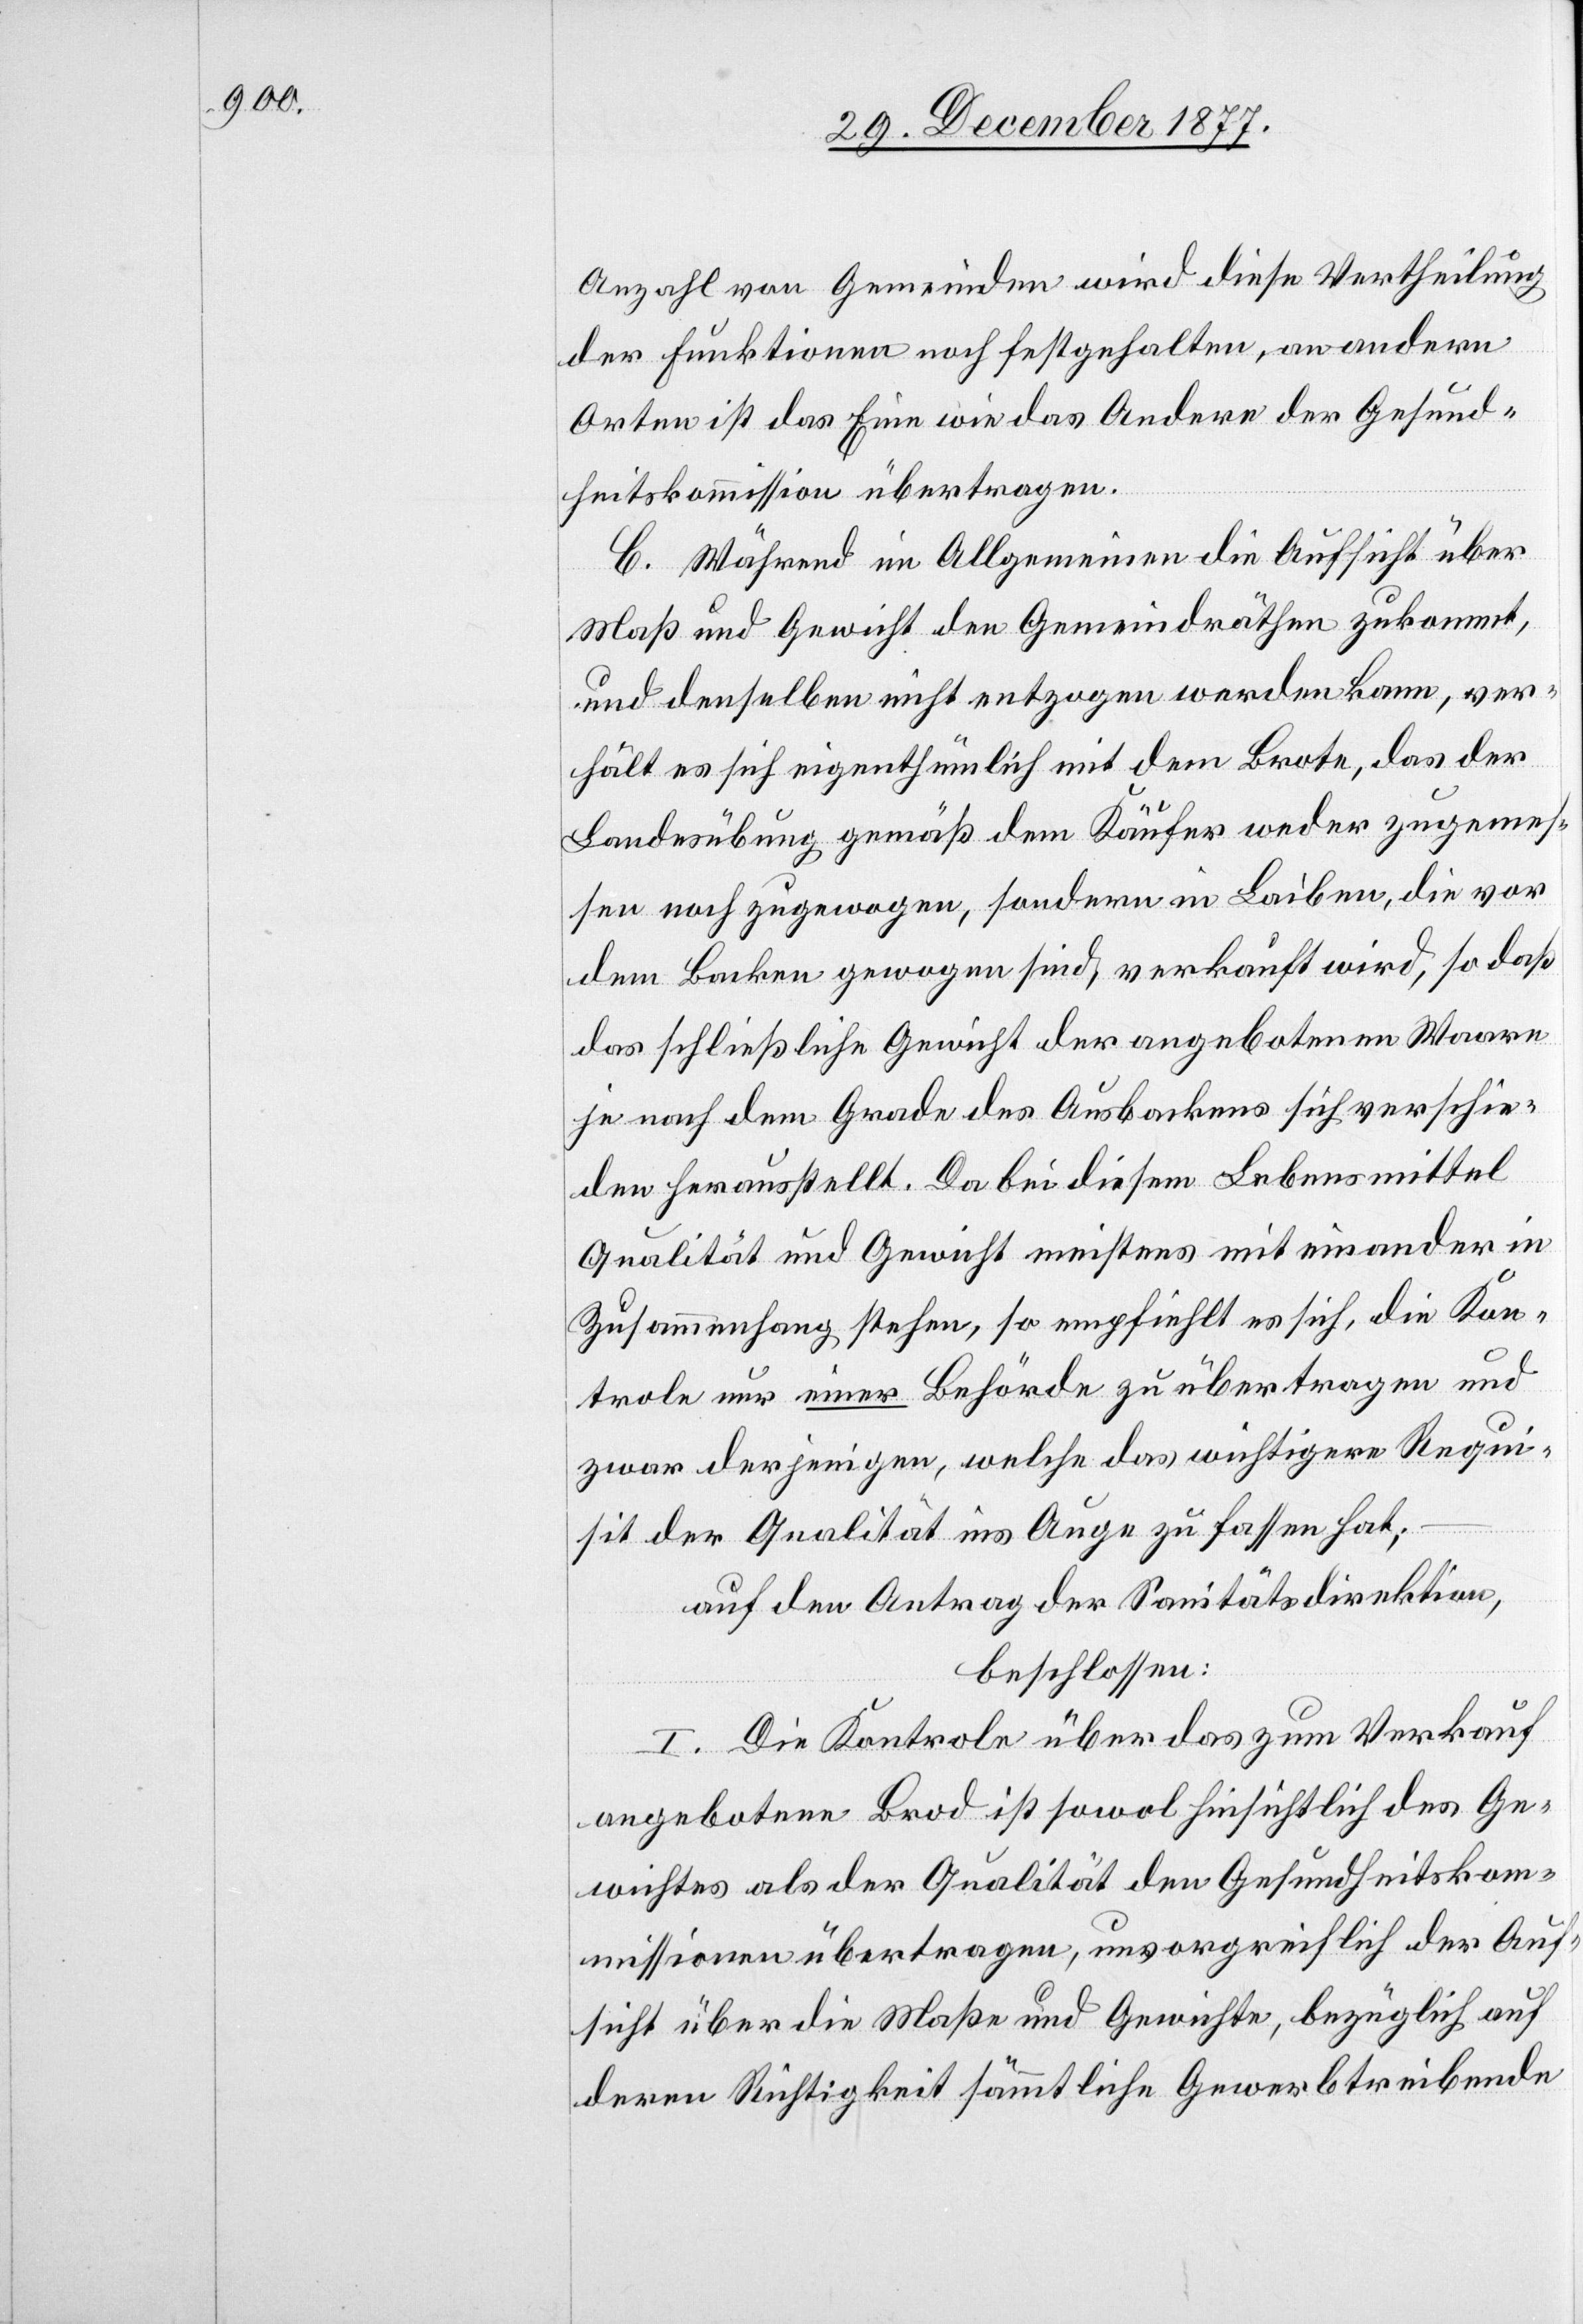
Anzahl von Gemeinden wird diese Vertheilung
der Funktionen noch festgehalten, an andern
Orten ist das Eine wie das Andere der Gesund¬
heitskommission übertragen.
C. Während im Allgemeinen die Aufsicht über
Maß und Gewicht den Gemeindräthen zukommt,
und denselben nicht entzogen werden kann, ver¬
hält es sich eigenthümlich mit dem Brote, das der
Landesübung gemäß dem Käufer weder zugemes¬
sen noch zugewogen, sondern in Laiben, die vor
dem Backen gewogen sind, verkauft wird, so daß
das schließliche Gewicht der angebotenen Waare
je nach dem Grade des Ausbackens sich verschie¬
den herausstellt. Da bei diesem Lebensmittel
Qualität und Gewicht meistens mit einander in
Zusammenhang stehen, so empfiehlt es sich, die Kon¬
trole nur einer Behörde zu übertragen und
zwar derjenigen, welche das wichtigere Requi¬
sit der Qualität ins Auge zu fassen hat;
auf den Antrag der Sanitätsdirektion,
beschlossen:
I. Die Kontrole über das zum Verkauf
angebotene Brod ist sowol hinsichtlich des Ge¬
wichtes als der Qualität den Gesundheitskom¬
missionen übertragen, unvorgreiflich der Auf¬
sicht über die Maße und Gewichte, bezüglich auf
deren Richtigkeit sämmtliche Gewerbtreibende